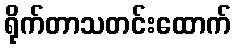
ရိုက်တာသတင်းထောက်